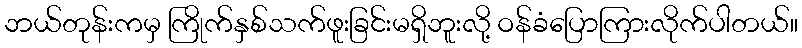
ဘယ်တုန်းကမှ ကြိုက်နှစ်သက်ဖူးခြင်းမရှိဘူးလို့ ဝန်ခံပြောကြားလိုက်ပါတယ်။